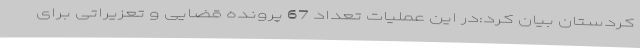
کردستان بیان کرد:در این عملیات تعداد 67 پرونده قضایی و تعزیراتی برای